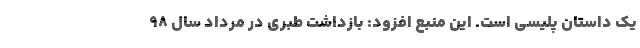
یک داستان پلیسی است. این منبع افزود: بازداشت طبری در مرداد سال 98